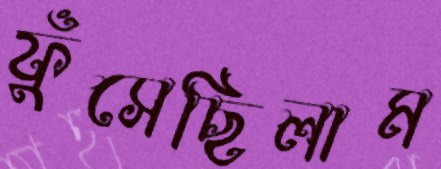
ফুঁসেছিলাম